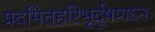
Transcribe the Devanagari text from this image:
प्रदमितहरिभूर्दूषणघ्नः